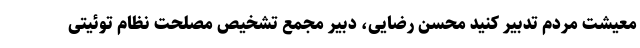
معیشت مردم تدبیر کنید محسن رضایی، دبیر مجمع تشخیص مصلحت نظام توئیتی